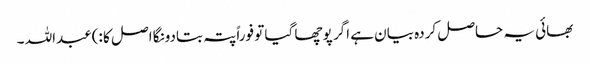
بھائی یہ حاصل کردہ بیان ہے اگر پوچھا گیا تو فوراً پتہ بتادونگا اصل کا :)عبداللہ ۔